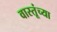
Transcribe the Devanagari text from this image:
वास्तूंच्या